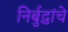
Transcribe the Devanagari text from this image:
निर्बुद्धांचे